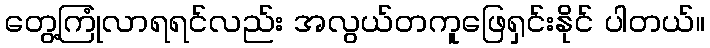
တွေ့ကြုံလာရရင်လည်း အလွယ်တကူဖြေရှင်းနိုင် ပါတယ်။